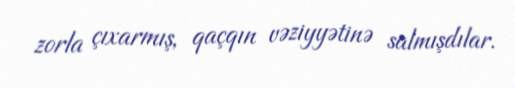
zorla çıxarmış, qaçqın vəziyyətinə salmışdılar.